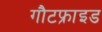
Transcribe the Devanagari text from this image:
गौटफ्राइड